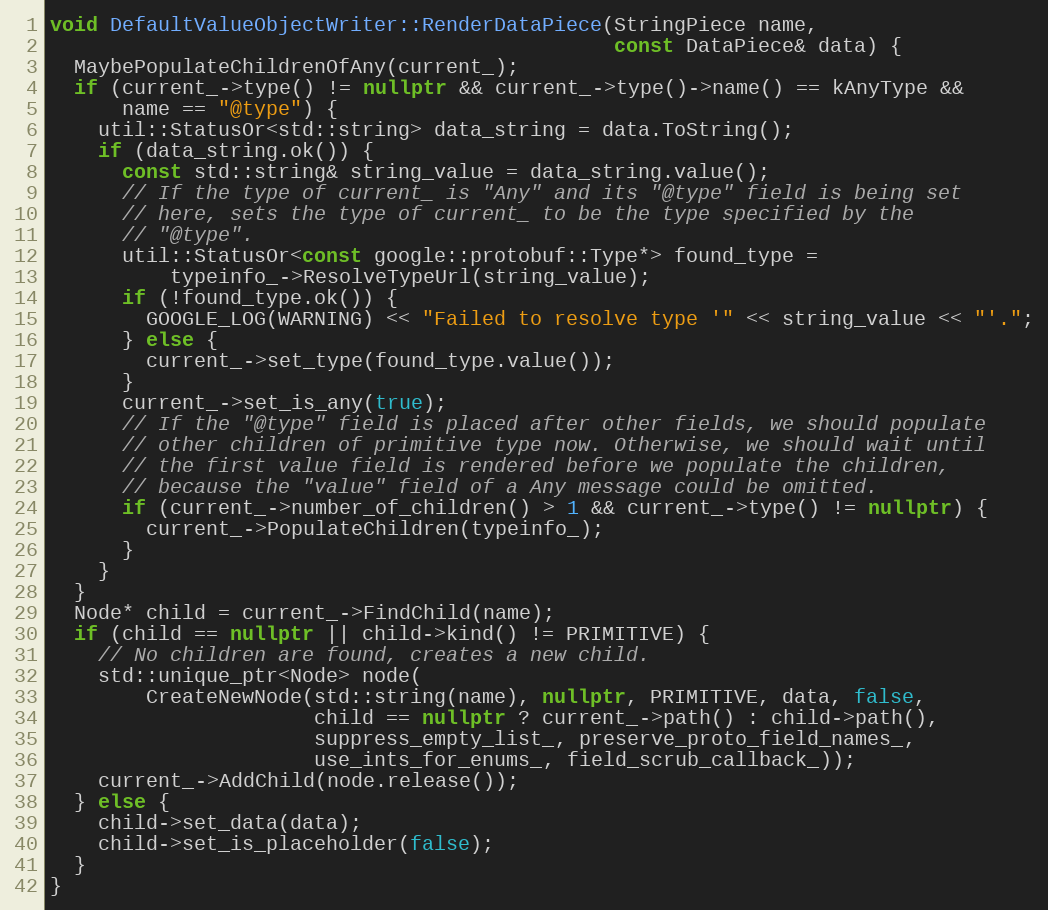
Language: C++
void DefaultValueObjectWriter::RenderDataPiece(StringPiece name,
                                               const DataPiece& data) {
  MaybePopulateChildrenOfAny(current_);
  if (current_->type() != nullptr && current_->type()->name() == kAnyType &&
      name == "@type") {
    util::StatusOr<std::string> data_string = data.ToString();
    if (data_string.ok()) {
      const std::string& string_value = data_string.value();
      // If the type of current_ is "Any" and its "@type" field is being set
      // here, sets the type of current_ to be the type specified by the
      // "@type".
      util::StatusOr<const google::protobuf::Type*> found_type =
          typeinfo_->ResolveTypeUrl(string_value);
      if (!found_type.ok()) {
        GOOGLE_LOG(WARNING) << "Failed to resolve type '" << string_value << "'.";
      } else {
        current_->set_type(found_type.value());
      }
      current_->set_is_any(true);
      // If the "@type" field is placed after other fields, we should populate
      // other children of primitive type now. Otherwise, we should wait until
      // the first value field is rendered before we populate the children,
      // because the "value" field of a Any message could be omitted.
      if (current_->number_of_children() > 1 && current_->type() != nullptr) {
        current_->PopulateChildren(typeinfo_);
      }
    }
  }
  Node* child = current_->FindChild(name);
  if (child == nullptr || child->kind() != PRIMITIVE) {
    // No children are found, creates a new child.
    std::unique_ptr<Node> node(
        CreateNewNode(std::string(name), nullptr, PRIMITIVE, data, false,
                      child == nullptr ? current_->path() : child->path(),
                      suppress_empty_list_, preserve_proto_field_names_,
                      use_ints_for_enums_, field_scrub_callback_));
    current_->AddChild(node.release());
  } else {
    child->set_data(data);
    child->set_is_placeholder(false);
  }
}